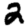
Digit: 2